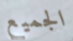
الجميع